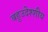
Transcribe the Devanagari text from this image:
बहुउदेश्शीय